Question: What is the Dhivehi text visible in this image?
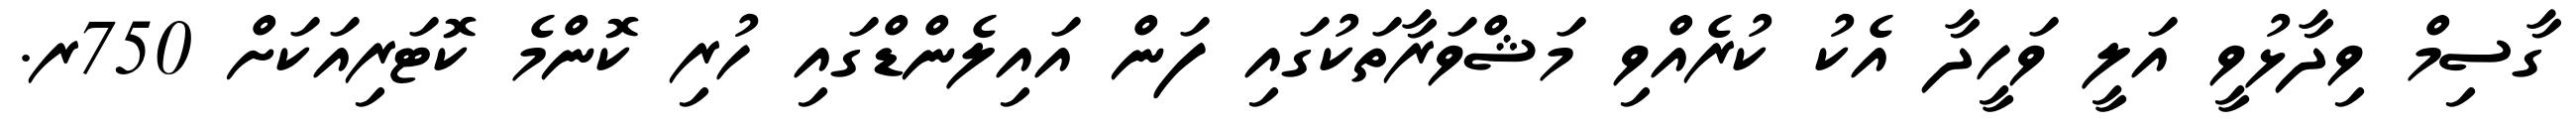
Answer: ގާސިމް ވިދާޅުވީ އަލީ ވަހީދާ އެކު ކުރެއްވި މަޝްވަރާތަކުގައި ފަން އައިލެންޑްގައި ހުރި ކޮންމެ ކޮޓަރިއަކަށް 750ރ.